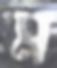
ম